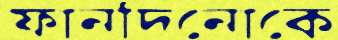
ফানদিনোকে